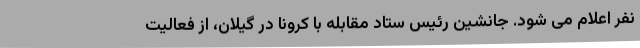
نفر اعلام می شود. جانشین رئیس ستاد مقابله با کرونا در گیلان، از فعالیت